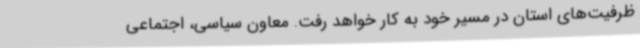
ظرفیت‌های استان در مسیر خود به کار خواهد رفت. معاون سیاسی، اجتماعی